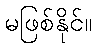
မဖြစ်နိုင်။